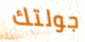
جولتك